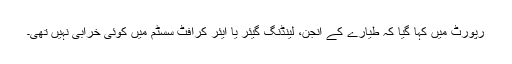
رپورٹ میں کہا گیا کہ طیارے کے انجن، لینڈنگ گیئر یا ایئر کرافٹ سسٹم میں کوئی خرابی نہیں تھی۔